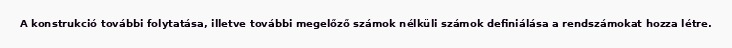
A konstrukció további folytatása, illetve további megelőző számok nélküli számok definiálása a rendszámokat hozza létre.